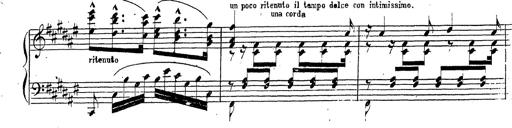
Title: Canzone Napolitana
Composer: Franz Liszt